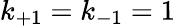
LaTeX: k_{+1}=k_{-1}=1